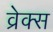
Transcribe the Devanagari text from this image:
व्रेक्स